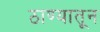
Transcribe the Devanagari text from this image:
ठाण्यातून